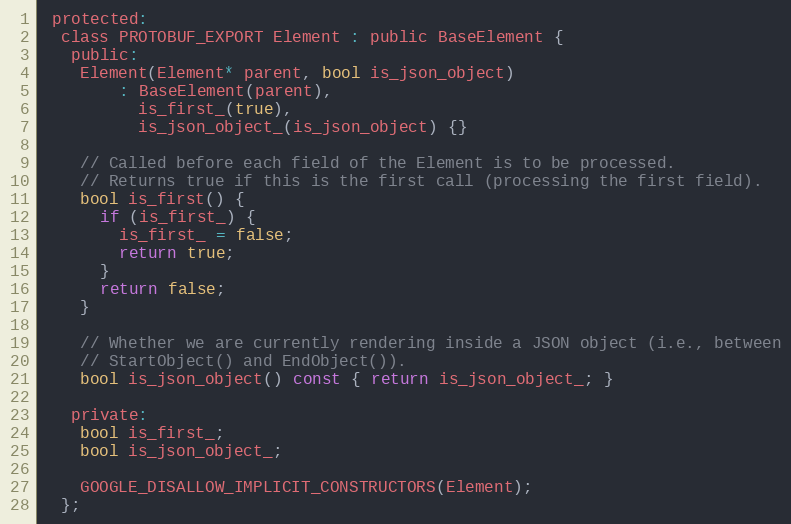
Language: C
 protected:
  class PROTOBUF_EXPORT Element : public BaseElement {
   public:
    Element(Element* parent, bool is_json_object)
        : BaseElement(parent),
          is_first_(true),
          is_json_object_(is_json_object) {}

    // Called before each field of the Element is to be processed.
    // Returns true if this is the first call (processing the first field).
    bool is_first() {
      if (is_first_) {
        is_first_ = false;
        return true;
      }
      return false;
    }

    // Whether we are currently rendering inside a JSON object (i.e., between
    // StartObject() and EndObject()).
    bool is_json_object() const { return is_json_object_; }

   private:
    bool is_first_;
    bool is_json_object_;

    GOOGLE_DISALLOW_IMPLICIT_CONSTRUCTORS(Element);
  };